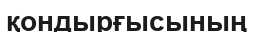
қондырғысының